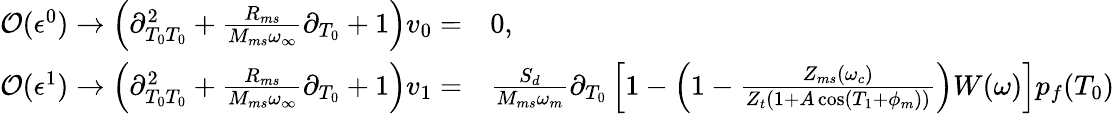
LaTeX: \begin{array}{rl}{\mathcal{O}(\epsilon^{0})\rightarrow\left(\partial_{T_{0}T_{0}}^{2}+\frac{R_{ms}}{M_{ms}\omega_{\infty}}\partial_{T_{0}}+1\right)v_{0}=}&{{}0,}\\ {\mathcal{O}(\epsilon^{1})\rightarrow\left(\partial_{T_{0}T_{0}}^{2}+\frac{R_{ms}}{M_{ms}\omega_{\infty}}\partial_{T_{0}}+1\right)v_{1}=}&{{}\frac{S_{d}}{M_{ms}\omega_{m}}\partial_{T_{0}}\left[1-\left(1-\frac{Z_{ms}(\omega_{c})}{Z_{t}\left(1+A\cos\left(T_{1}+\phi_{m}\right)\right)}\right)W(\omega)\right]p_{f}(T_{0})}\end{array}